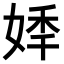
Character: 𡝟